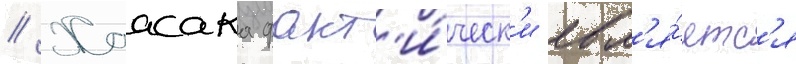
// Хаасака факт'и́ческ'и явл'я́етс'я